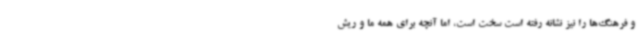
و فرهنگ‌ها را نیز نشانه رفته است سخت است، اما آنچه برای همه ما و ریش